Lunatic asylums Bombay report 1878-1890 - 1878-1890
Year: 1878
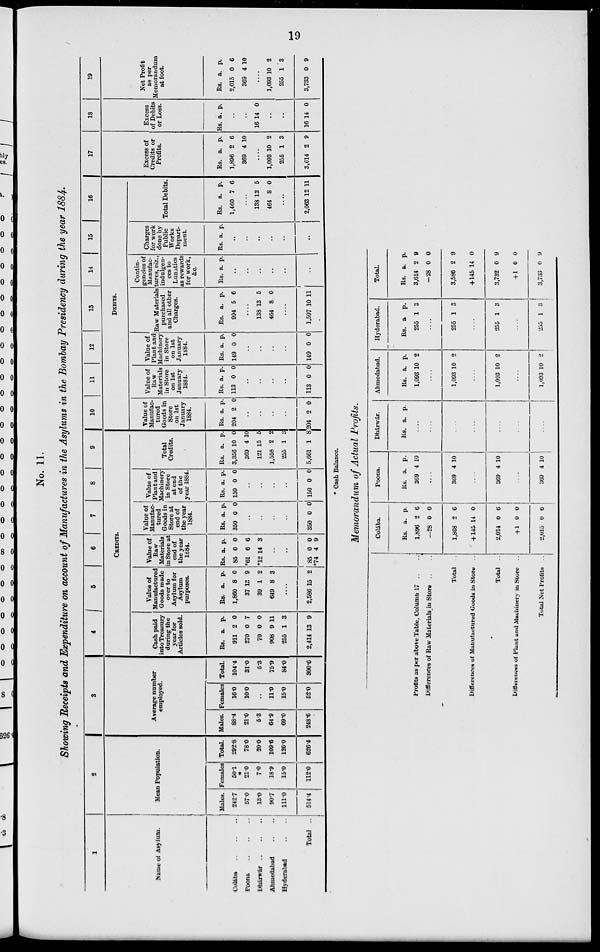
19
No. 11.
Showing Receipts and Expenditure on account of Manufactures in the Asylums in the Bombay Presidency during the year 1884.
1
Name of Asylum.
Colába
..
..
..
Poona
..
..
..
Dhárwár
..
..
..
Ahmedabad .. .. ..
Hyderabad .. ..
Total ..
2
Mean Population.
Males.
242-7
57.0
13.0
90.7
111.0
514.4
Females
50.1
21.0
7.0
18.9
15.0
112.0
Total.
292.8
78.0
20.0
109.6
126.0
626.4
3
Average number
employed.
Males.
88.4
21.0
5.3
64.9
69.0
248.6
Females
16.0
10.0
..
11.0
15.0
52.0
Total.
104.4
31.0
5.3
75.9
84.0
300.6
4
5
6
7
8
9
CREDITS.
Cash paid
into Treasury
during the
year for
Articles sold.
Rs.
911
270
70
908
255
2,414
a.
2
0
0
9
5 1
13
p.
0
7
0
11
3
9
Value of
Manufactured
Goods made
over to
Asylum for
Asylum
purposes.
Rs.
1,860
37
39
649
a.
8
13
1
8
p.
0
9
2
3
....
2,586 15 2
Value of
Raw
Materials
in Store at
end of
the year
1884.
Rs.
85
*61
*12 1
a.
0
6
14
p.
0
6
3
..
..
85
*74
0
4
0
9
Value of
Manufac-
tured
Goods in
Store at
end of
the year
1884.
Rs.
350
a.
0
p.
0
..
..
..
..
350 0 0
Value of
Plant and
Machinery
in Store
at end
of the
year 1884.
Rs.
150
a.
0
p.
0
..
..
..
..
150 0 0
Total
Credits.
Rs.
3,356
369
121
1,558
255
5,661
a.
10
4
15
2
1
1
p.
0
10
5
2
3
8
10
11
12
13
14
15
16
DEBITS.
Value of
Manufac-
tured
Goods in
Store
on 1st
January
1884.
Rs.
204
a.
2
p.
0
..
..
..
..
204 2 0
Value of
Raw
Materials
in Store
on 1st
January
1884.
Rs.
113
a.
0
p.
0
..
..
..
..
113 0 0
Value of
Plant and
Machinery
in Store
on 1st
January
1884.
Rs.
149
a.
0
p.
0
..
..
..
..
149 0 0
Raw Materials
purchased
and all other
Charges.
Rs.
994
a.
5
p.
6
....
138
464
13
8
5
0
....
1,597 10 11
Contin-
gencies of
Manufac-
tures, viz.,
indulgen-
ces to
Lunatics
as rewards
for work,
&c.
Rs. a. p.
..
..
..
..
..
..
Charges
for work
done by
Public
Works
Depart-
ment.
Rs. a. p.
..
..
..
..
..
Total Debits.
Rs.
1,460
a.
7
p.
6
..
138
464
13
8
5
0
....
2,063 12 11
17
Excess of
Credits or
Profits.
Rs.
1,896
369
a.
2
4
p.
6
10
....
1,093
255
3,614
10
1
2
2
3
9
18
Excess
of Debits
or Loss.
Rs. a. p.
..
..
16 14 0
..
..
16 14 0
19
Net Profit
as per
Memorandum
at foot.
Rs.
2,015
369
a.
0
4
p.
6
10
....
1,093
255
3,733
10
1
0
2
3
9
* Cash Balance.
Memorandum of Actual Profits.
Profits as per above Table, Column 17 ..
Differences of Raw Materials in Store
Total ..
Difference* of Manufactured Goods in Store
Total ..
Differences of Plant and Machinery in Store ..
Total Net Profits ..
Colába.
Rs.
1,896
—28
1,868
+ 145
2,014
+ 1
2,015
a.
2
0
2
14
0
0
0
p.
6
0
6
0
6
0
6
Poona.
Rs.
369
a.
4
P.
10
....
369 4 10
....
369 4 10
....
369 4 10
Dhárwár.
Rs. a. p.
....
....
....
....
....
....
....
Ahmedabad.
Rs.
1,093
a.
10
p.
2
....
1,093 10 2
....
1,093 10 2
....
1,093 10 2
Hyderabad.
Rs.
255
a.
1
p.
3
....
255 1 3
....
255 1 3
....
255 1
1
Total.
Rs.
3,614
-28
3,586
+145
3,732
+1
3,733
a.
2
0
2
14
0
0
0
p.
9
0
9
0
9
0
9